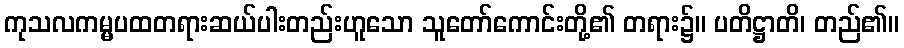
ကုသလကမ္မပထတရားဆယ်ပါးတည်းဟူသော သူတော်ကောင်းတို့၏ တရား၌။ ပတိဋ္ဌာတိ၊ တည်၏။